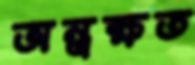
অন্ত্রক্ষত